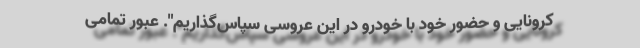
کرونایی و حضور خود با خودرو در این عروسی سپاس‌گذاریم". عبور تمامی